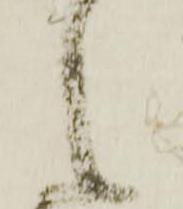
之